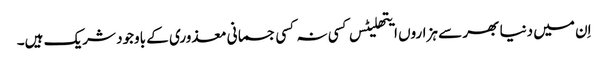
اِن میں دنیا بھر سے ہزاروں ایتھلیٹس کسی نہ کسی جسمانی معذوری کے باوجود شریک ہیں۔